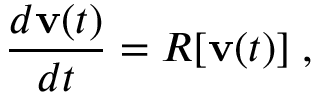
\frac { d { \bf v } ( t ) } { d t } = R [ { \bf v } ( t ) ] \; ,